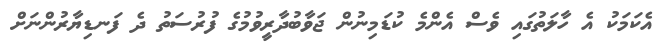
އެކަމަކު އެ ހާލަތުގައި ވެސް އެންމެ ކުޑަމިނުން ޖަވާބުދާރީވުމުގެ ފުރުސަތު ދެ ފަނޑިޔާރުންނަށް